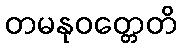
တမနုဝတ္တေတိ